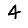
Digit: 4